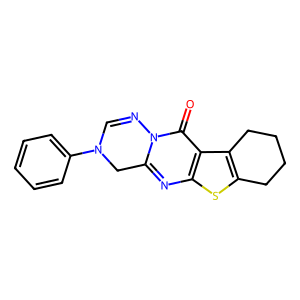
SMILES: O=c1c2c3c(sc2nc2n1N=CN(c1ccccc1)C2)CCCC3
Inhibits HIV replication: No